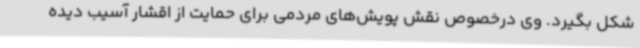
شکل بگیرد. وی درخصوص نقش پویش‌های مردمی برای حمایت از اقشار آسیب دیده